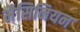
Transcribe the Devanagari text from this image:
मैसिनियन